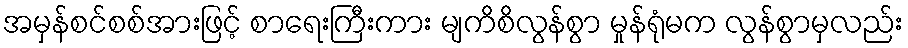
အမှန်စင်စစ်အားဖြင့် စာရေးကြီးကား မျကိစိလွန်စွာ မှုန်ရုံမက လွန်စွာမှလည်း